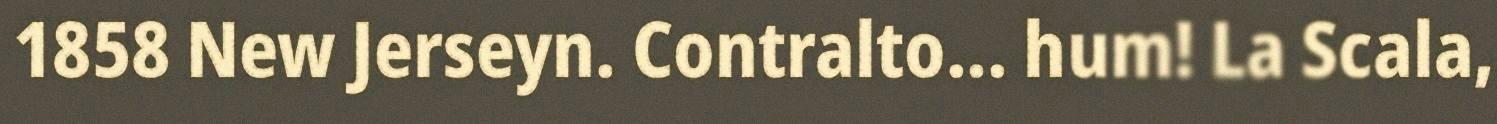
1858 New Jerseyn. Contralto... hum! La Scala,